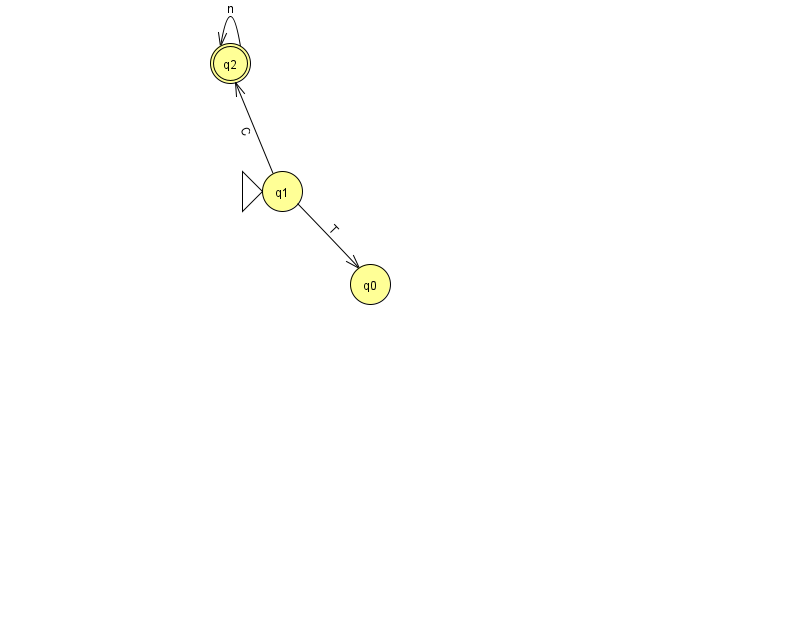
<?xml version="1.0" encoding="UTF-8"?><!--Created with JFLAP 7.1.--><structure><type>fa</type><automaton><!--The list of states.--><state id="0" name="q0"><x>370.0</x><y>271.0</y></state><state id="1" name="q1"><x>282.0</x><y>178.0</y><initial/></state><state id="2" name="q2"><x>230.0</x><y>50.0</y><final/></state><!--The list of transitions.--><transition><from>1</from><to>0</to><read>T</read></transition><transition><from>1</from><to>2</to><read>C</read></transition><transition><from>2</from><to>2</to><read>n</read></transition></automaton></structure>